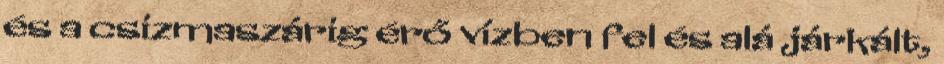
és a csizmaszárig érő vízben fel és alá járkált,